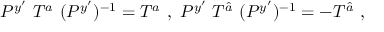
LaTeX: P ^ { y ^ { \prime } } ~ T ^ { a } ~ ( P ^ { y ^ { \prime } } ) ^ { - 1 } = T ^ { a } ~ , ~ P ^ { y ^ { \prime } } ~ T ^ { \hat { a } } ~ ( P ^ { y ^ { \prime } } ) ^ { - 1 } = - T ^ { \hat { a } } ~ , ~ \,